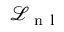
\mathcal { L } _ { \mathrm { ~ n ~ l ~ } }